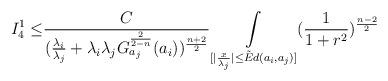
LaTeX: \begin{align*}I_{4}^{1}\leq &\frac{C}{(\frac{\lambda_{i}}{\lambda_{j}}+\lambda_{i}\lambda_{j}G^{\frac{2}{2-n}}_{a_{j}}(a_{i}))^{\frac{n+2}{2}}}\underset{[\vert \frac{x}{\lambda_{j}}\vert \leq \tilde E d(a_{i},a_{j})]}{\int} (\frac{1}{1+r^{2}})^{\frac{n-2}{2}}\end{align*}